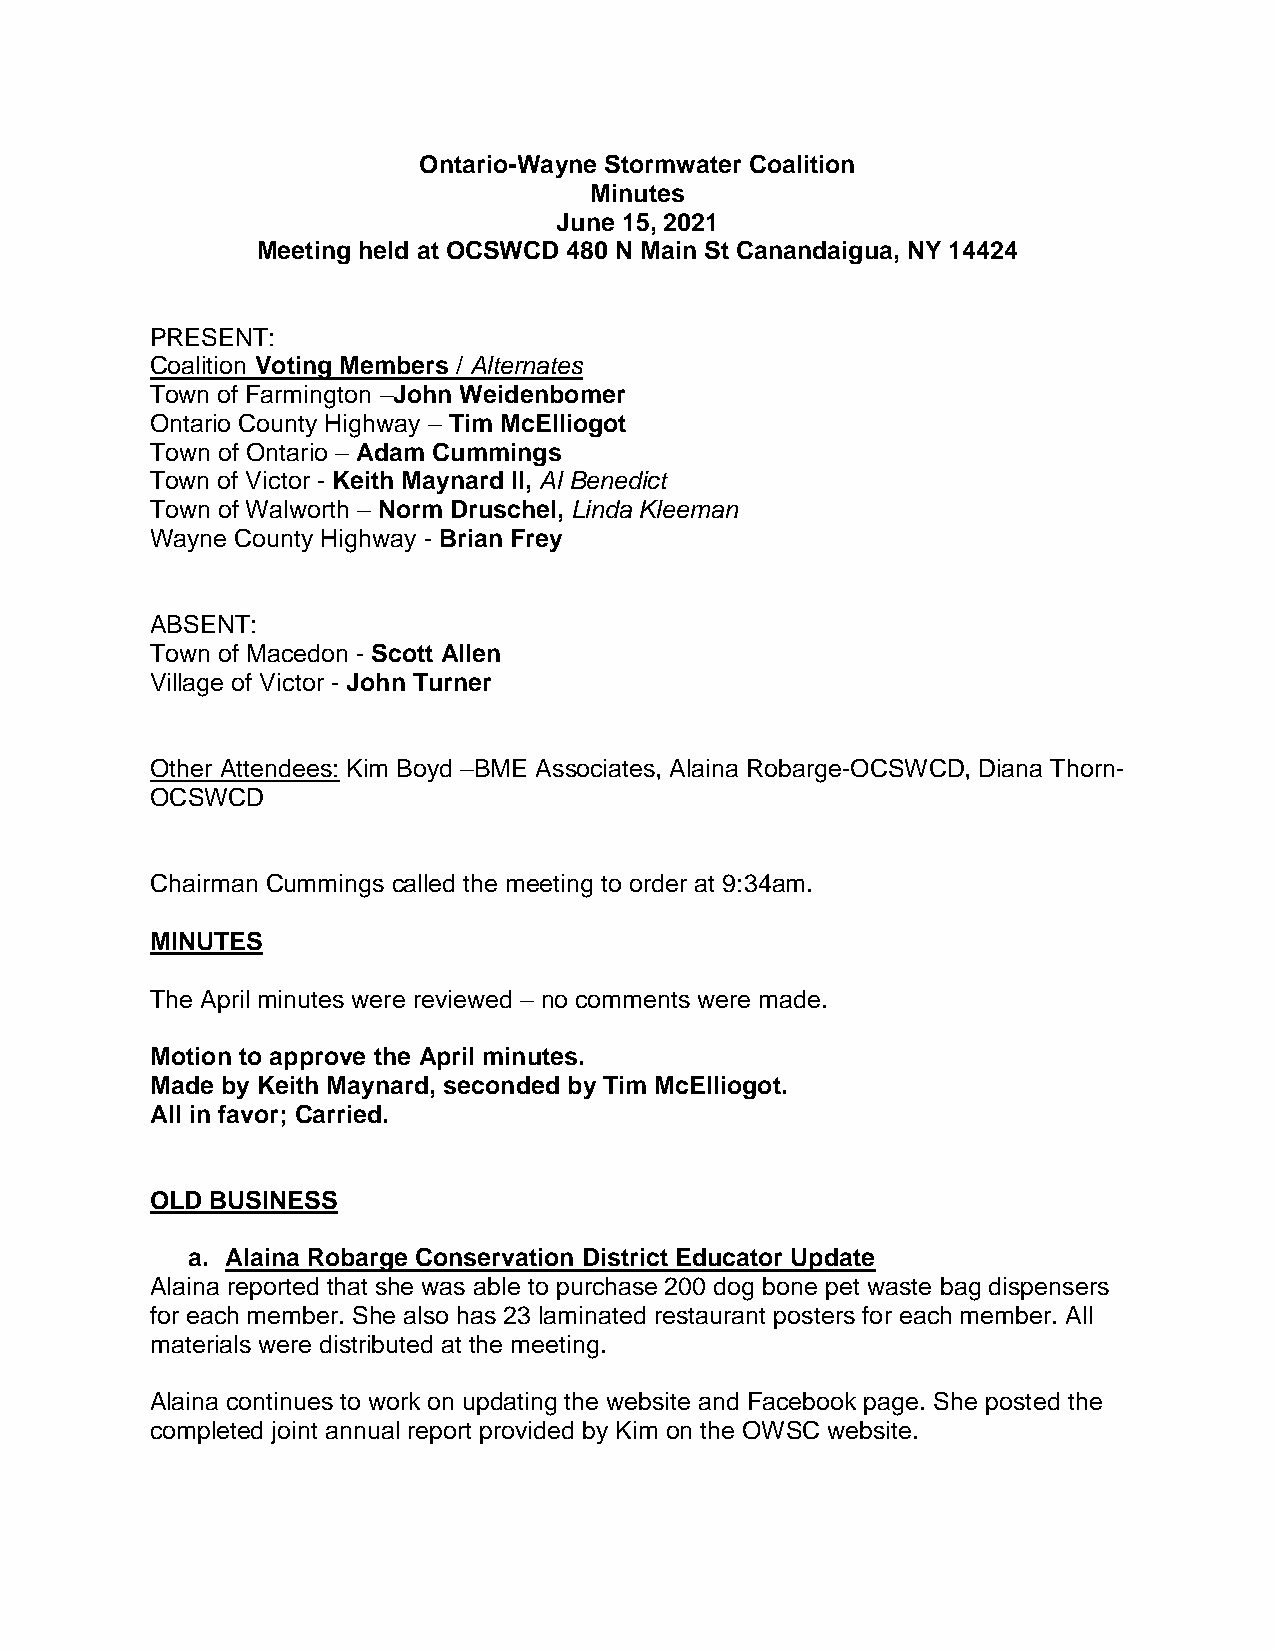
Ontario-Wayne Stormwater Coalition
 Minutes
 June 15, 2021
 Meeting held at OCSWCD 480 N Main St Canandaigua, NY 14424
 PRESENT:
 Coalition Voting Members / Alternates
 Town of Farmington –John Weidenbomer
 Ontario County Highway – Tim McElliogot
 Town of Ontario – Adam Cummings
 Town of Victor - Keith Maynard II, Al Benedict
 Town of Walworth – Norm Druschel, Linda Kleeman
 Wayne County Highway - Brian Frey
 ABSENT:
 Town of Macedon - Scott Allen
 Village of Victor - John Turner
 Other Attendees: Kim Boyd –BME Associates, Alaina Robarge-OCSWCD, Diana Thorn-
 OCSWCD
 Chairman Cummings called the meeting to order at 9:34am.
 MINUTES
 The April minutes were reviewed – no comments were made.
 Motion to approve the April minutes.
 Made by Keith Maynard, seconded by Tim McElliogot.
 All in favor; Carried.
 OLD BUSINESS
 a. Alaina Robarge Conservation District Educator Update
 Alaina reported that she was able to purchase 200 dog bone pet waste bag dispensers
 for each member. She also has 23 laminated restaurant posters for each member. All
 materials were distributed at the meeting.
 Alaina continues to work on updating the website and Facebook page. She posted the
 completed joint annual report provided by Kim on the OWSC website.